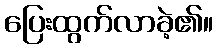
ပြေးထွက်လာခဲ့၏။